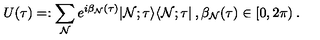
U ( \tau ) = : \sum _ { \mathrm { \tiny { \cal N } } } e ^ { i \beta _ { \mathrm { \tiny { \cal N } } } ( \tau ) } | { \mathrm { \tiny { \cal N } } } ; \tau \rangle \langle { \mathrm { \tiny { \cal N } } } ; \tau | \: , \beta _ { \mathrm { \tiny { \cal N } } } ( \tau ) \in [ 0 , 2 \pi ) \: .